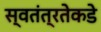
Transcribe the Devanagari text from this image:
स्वतंत्रतेकडे